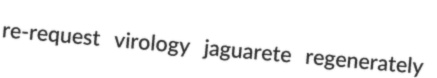
re-request virology jaguarete regenerately